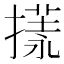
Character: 𢳌